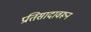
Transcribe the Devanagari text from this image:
प्रतिसादावरून